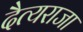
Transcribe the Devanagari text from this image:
दैत्यराजा